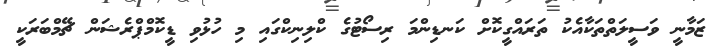
ޒަމާނީ ވަސީލަތްތަކާއެކު ތަރައްގީކޮށް ކަނޑިންމަ ރިސޯޓުގެ ކްލިނިކްގައި މި ހުޅުވި ޑީކޮމްޕްރެޝަން ޗޭމްބަރަކީ